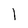
Character: 1